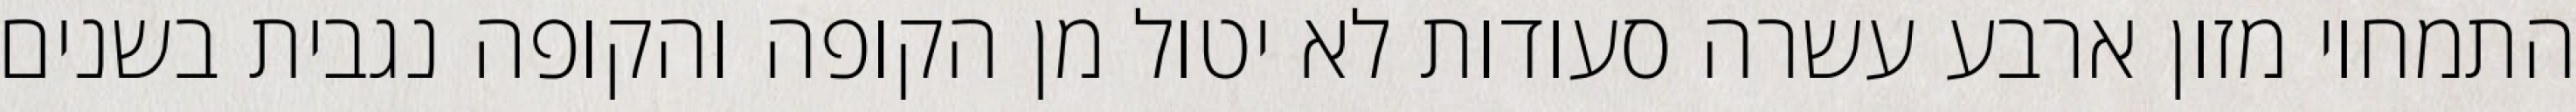
התמחוי מזון ארבע עשרה סעודות לא יטול מן הקופה והקופה נגבית בשנים